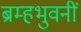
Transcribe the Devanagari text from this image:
ब्रम्हभुवनीं